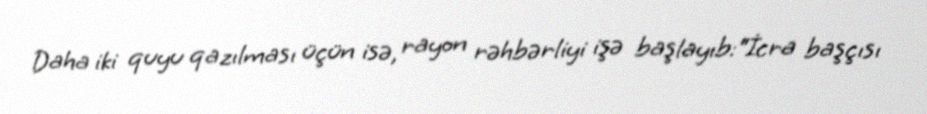
Daha iki quyu qazılması üçün isə, rayon rəhbərliyi işə başlayıb:“İcra başçısı